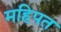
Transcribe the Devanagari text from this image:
महिपत